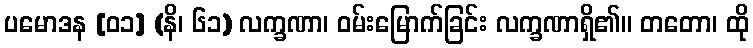
ပမောဒန [၀၁] (နိ၊ ၆၁) လက္ခဏာ၊ ဝမ်းမြောက်ခြင်း လက္ခဏာရှိ၏။ တတော၊ ထို